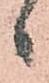
候